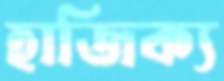
হাজিক্য